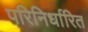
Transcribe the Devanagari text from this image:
परिनिर्धारित